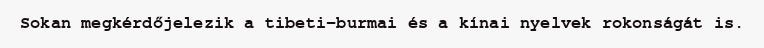
Sokan megkérdőjelezik a tibeti-burmai és a kínai nyelvek rokonságát is.